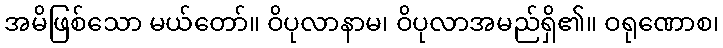
အမိဖြစ်သော မယ်တော်။ ဝိပုလာနာမ၊ ဝိပုလာအမည်ရှိ၏။ ဝရုဏောစ၊